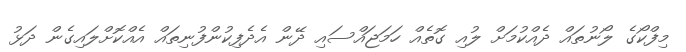
މިފްކޯގެ ލޯނުތައް ދެއްކުމަށް ލުއި ގޮތެއް ހަމަޖައްސައި ދޭން އެދެފިކުންފުނިތައް އެއްކޮށްލައިގެން ދަޅު